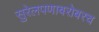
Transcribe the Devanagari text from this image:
सुरेलपणाबरोबरच